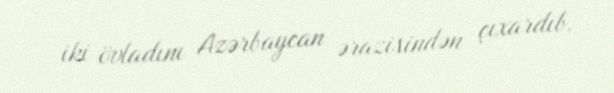
iki övladını Azərbaycan ərazisindən çıxardıb.